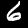
Digit: 6